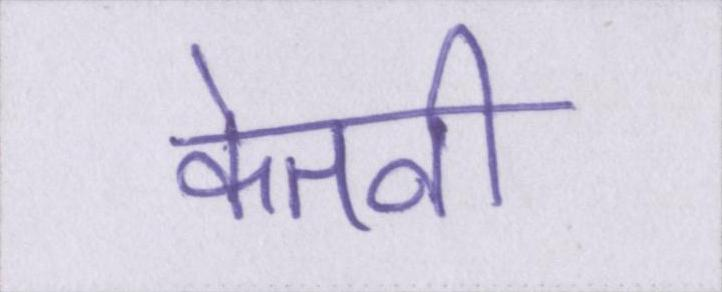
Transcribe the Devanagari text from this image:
केतनी